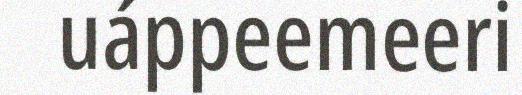
uáppeemeeri